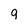
Character: 9